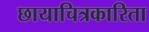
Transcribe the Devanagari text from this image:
छायाचित्रकारिता